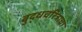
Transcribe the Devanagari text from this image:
बुद्धचरित्राचा